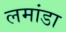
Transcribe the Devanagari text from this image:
लमांडा